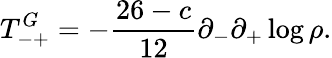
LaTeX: T_{-+}^{G}=-\frac{26-c}{12}\partial_{-}\partial_{+}\log\rho.